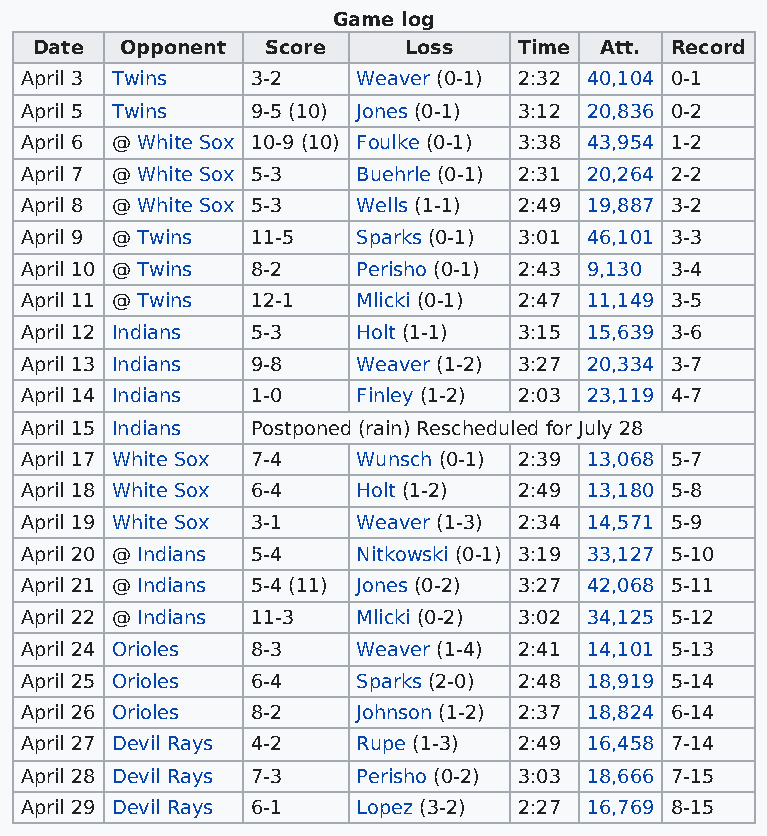
Game log
 Date  Opponent  Score    Loss   Time  Att. Record
 April 3 Twins   3-2    Weaver (0-1) 2:32 40,104 0-1
 April 5 Twins   9-5 (10) Jones (0-1) 3:12 20,836 0-2
 April 6 @ White Sox 10-9 (10) Foulke (0-1) 3:38 43,954 1-2
 April 7 @ White Sox 5-3 Buehrle (0-1) 2:31 20,264 2-2
 April 8 @ White Sox 5-3 Wells (1-1) 2:49 19,887 3-2
 April 9 @ Twins 11-5   Sparks (0-1) 3:01 46,101 3-3
 April 10 @ Twins 8-2   Perisho (0-1) 2:43 9,130 3-4
 April 11 @ Twins 12-1  Mlicki (0-1) 2:47 11,149 3-5
 April 12 Indians 5-3   Holt (1-1) 3:15 15,639 3-6
 April 13 Indians 9-8   Weaver (1-2) 3:27 20,334 3-7
 April 14 Indians 1-0   Finley (1-2) 2:03 23,119 4-7
 April 15 Indians Postponed (rain) Rescheduled for July 28
 April 17 White Sox 7-4 Wunsch (0-1) 2:39 13,068 5-7
 April 18 White Sox 6-4 Holt (1-2) 2:49 13,180 5-8
 April 19 White Sox 3-1 Weaver (1-3) 2:34 14,571 5-9
 April 20 @ Indians 5-4 Nitkowski (0-1) 3:19 33,127 5-10
 April 21 @ Indians 5-4 (11) Jones (0-2) 3:27 42,068 5-11
 April 22 @ Indians 11-3 Mlicki (0-2) 3:02 34,125 5-12
 April 24 Orioles 8-3   Weaver (1-4) 2:41 14,101 5-13
 April 25 Orioles 6-4   Sparks (2-0) 2:48 18,919 5-14
 April 26 Orioles 8-2   Johnson (1-2) 2:37 18,824 6-14
 April 27 Devil Rays 4-2 Rupe (1-3) 2:49 16,458 7-14
 April 28 Devil Rays 7-3 Perisho (0-2) 3:03 18,666 7-15
 April 29 Devil Rays 6-1 Lopez (3-2) 2:27 16,769 8-15